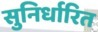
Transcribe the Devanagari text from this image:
सुनिर्धारित